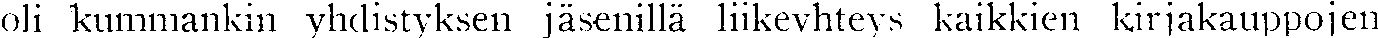
oli kummankin yhdistyksen jäsenillä liikeyhteys kaikkien kirjakauppojen